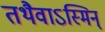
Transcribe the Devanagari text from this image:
तथैवाऽस्मिन्